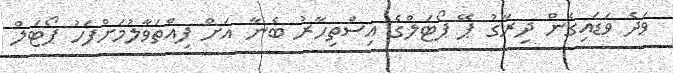
ވަދެ ވަޑައިގެން ދިރާގު ޕޭ ޕޯޓަލްގެ އިސްތިހާރު ބެނާ އަށް ފިއްތަވާލުމަށްފަހު ޕޯޓަލް